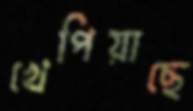
খেপিয়াছে